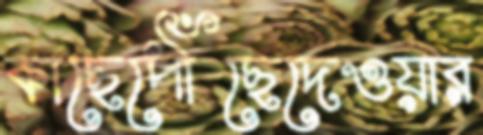
কাছেপৌঁছেদেওয়ার